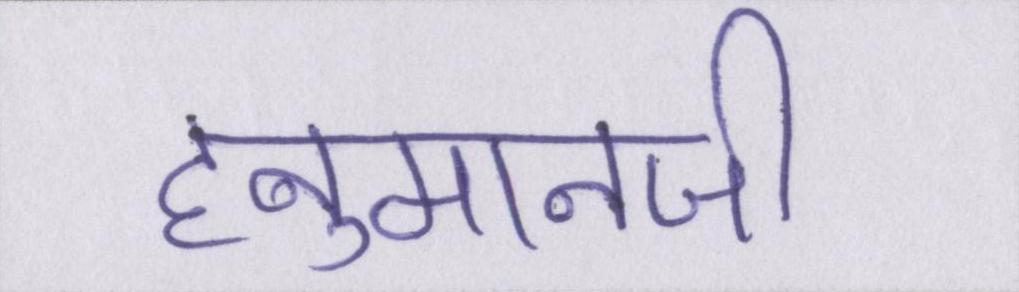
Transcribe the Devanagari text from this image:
हनुमानजी